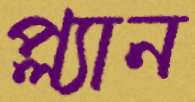
প্ল্যান